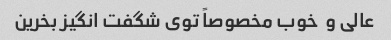
عالی و  خوب مخصوصاً توی شگفت انگیز بخرین